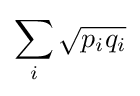
\sum _{i}{\sqrt {p_{i}q_{i}}}